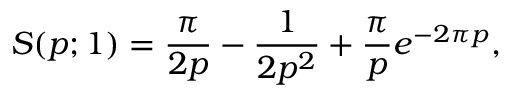
S ( p ; 1 ) = \frac { \pi } { 2 p } - \frac { 1 } { 2 p ^ { 2 } } + \frac { \pi } { p } e ^ { - 2 \pi p } ,